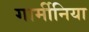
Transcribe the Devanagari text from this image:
गार्मीनिया